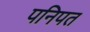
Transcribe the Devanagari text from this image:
पनिपत